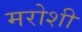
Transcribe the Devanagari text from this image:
मरोशी